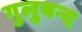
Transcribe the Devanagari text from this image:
गुलुबन्द